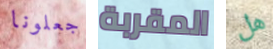
جعلونا المقربة هل